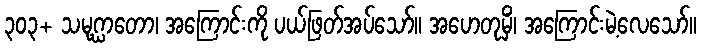
၃၀၃+ သမုဂ္ဃာတော၊ အကြောင်းကို ပယ်ဖြတ်အပ်သော်။ အဟေတုမှိံ၊ အကြောင်းမဲ့လေသော်။